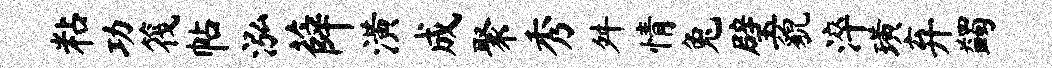
粘功筏帖泓薛潢成聚秀舛情兔璧貌淬璜弃蠲